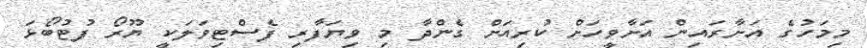
މިމަހުގެ އަށާރައިން އަށާވީހަށް ކުރިއަށް ގެންދާ މި ވިޔަފާރި ފެސްޓިވަލަކީ ޔޫރޯ ފުޓުބޯޅަ